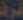
غرف